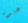
عبوة